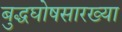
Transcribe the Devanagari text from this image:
बुद्धघोषसारख्या